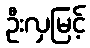
ဦးလှမြင့်